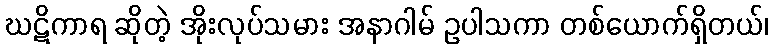
ဃဋိကာရ ဆိုတဲ့ အိုးလုပ်သမား အနာဂါမ် ဥပါသကာ တစ်ယောက်ရှိတယ်၊